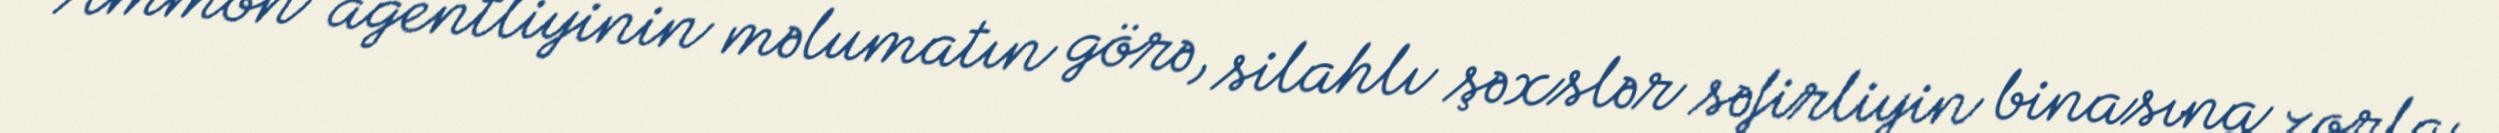
“Ammon” agentliyinin məlumatın görə, silahlı şəxslər səfirliyin binasına zorla